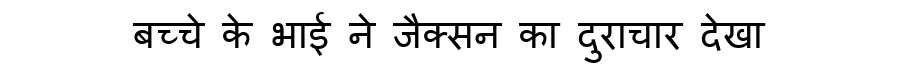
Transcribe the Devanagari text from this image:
बच्चे के भाई ने जैक्सन का दुराचार देखा